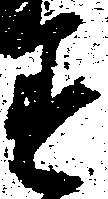
す